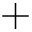
+